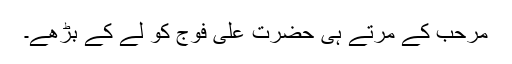
مرحب کے مرتے ہی حضرت علیؓ فوج کو لے کے بڑھے۔